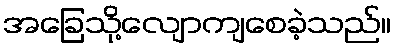
အခြေသို့လျောကျစေခဲ့သည်။